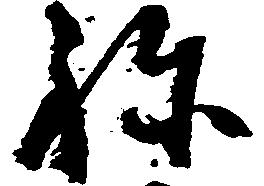
ね